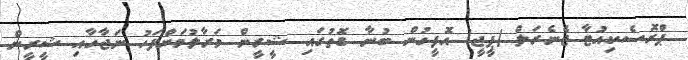
ޕްރޮސެކިއުޓާ ޖެނެރަލް (ޕީޖީ) އޮފީހުން ބުނާ ގޮތުގައި ޝީރީން މަރާލުމަށްފަހު ނަޖާހާއި ޝީރީން